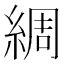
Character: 綢